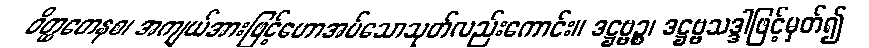
ဝိတ္ထတေနစ၊ အကျယ်အားဖြင့်ဟောအပ်သောသုတ်လည်းကောင်း။ ဒဋ္ဌဗ္ဗဉ္စ၊ ဒဋ္ဌဗ္ဗသဒ္ဒါဖြင့်မှတ်၍